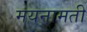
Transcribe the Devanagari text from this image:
मयनामती